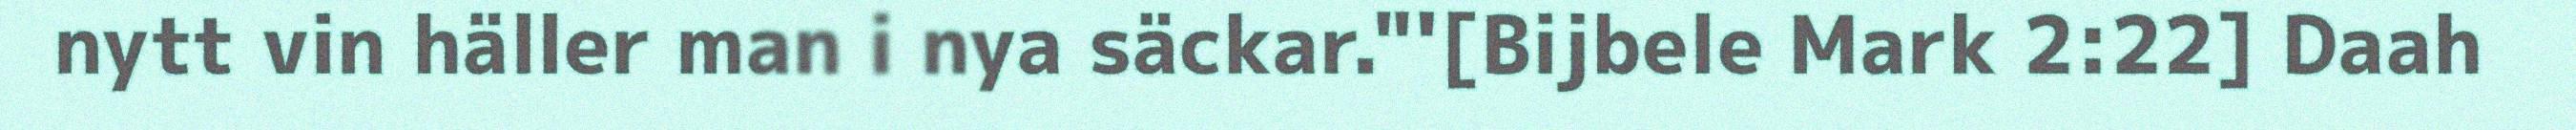
nytt vin häller man i nya säckar."'[Bijbele Mark 2:22] Daah